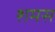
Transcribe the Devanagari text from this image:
शमस